Document type: Sale
Year: 1354
Scribe: Bernat de Torre
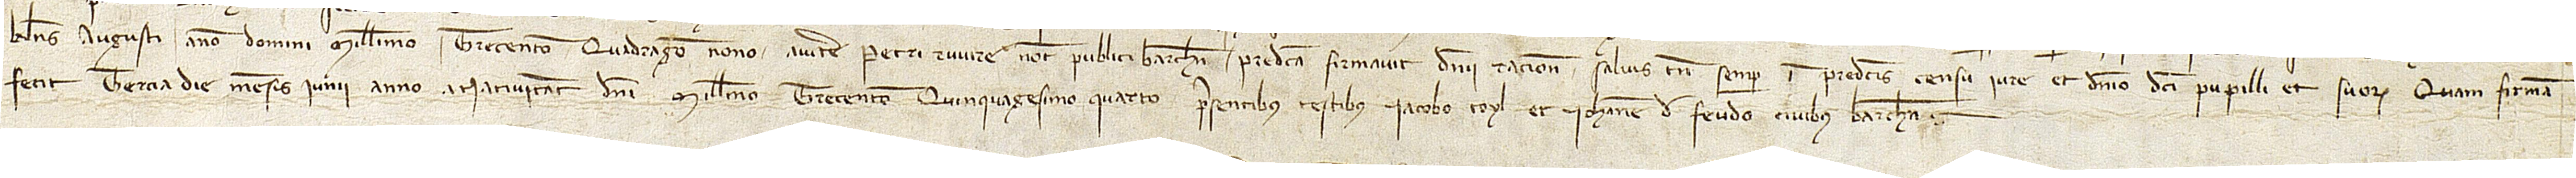
kalendas augusti, anno Domini millesimo trecentesimo quadragesimo nono, auctoritate Petri Ruvire, notarii publici Barchinone, predicta firmavit dominii racione, salvis tamen semper in predictis censu, iure et dominio pupilli et suorum. Quam firmam